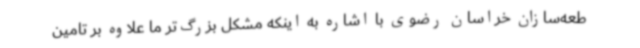
طعه‌سازان خراسان رضوی با اشاره به اینکه مشکل بزرگ‌تر ما علاوه بر تامین